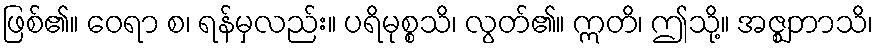
ဖြစ်၏။ ဝေရာ စ၊ ရန်မှလည်း။ ပရိမုစ္စသိ၊ လွတ်၏။ ဣတိ၊ ဤသို့။ အဇ္ဈဘာသိ၊